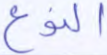
النوع